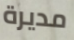
مديرة